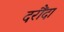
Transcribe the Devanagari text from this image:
दरौंदा